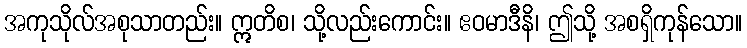
အကုသိုလ်အစုသာတည်း။ ဣတိစ၊ သို့လည်းကောင်း။ ဧဝမာဒီနိ၊ ဤသို့ အစရှိကုန်သော။